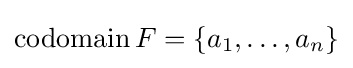
\operatorname {codomain} F=\left\{a_{1},\ldots ,a_{n}\right\}